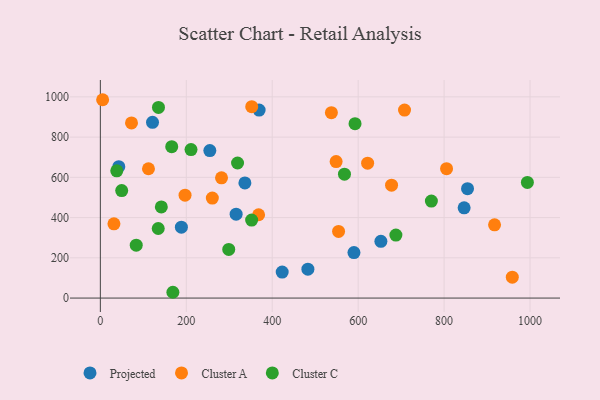
{"axis": {"x": "Engine Size", "y": "Yield"}, "legend": ["Cluster A", "Cluster C", "Projected"], "data": [{"x": "254.8", "y": 733.1, "type": "Projected"}, {"x": "188.6", "y": 352.1, "type": "Projected"}, {"x": "42.9", "y": 652.9, "type": "Projected"}, {"x": "590.2", "y": 226.3, "type": "Projected"}, {"x": "854.5", "y": 543.9, "type": "Projected"}, {"x": "483.0", "y": 143.5, "type": "Projected"}, {"x": "336.4", "y": 572.2, "type": "Projected"}, {"x": "316.0", "y": 417.0, "type": "Projected"}, {"x": "369.5", "y": 934.5, "type": "Projected"}, {"x": "121.4", "y": 873.5, "type": "Projected"}, {"x": "846.6", "y": 448.5, "type": "Projected"}, {"x": "652.9", "y": 282.2, "type": "Projected"}, {"x": "423.2", "y": 129.3, "type": "Projected"}, {"x": "260.6", "y": 497.0, "type": "Cluster A"}, {"x": "72.5", "y": 870.5, "type": "Cluster A"}, {"x": "917.4", "y": 364.2, "type": "Cluster A"}, {"x": "282.0", "y": 597.7, "type": "Cluster A"}, {"x": "548.7", "y": 678.1, "type": "Cluster A"}, {"x": "622.0", "y": 670.3, "type": "Cluster A"}, {"x": "31.6", "y": 368.9, "type": "Cluster A"}, {"x": "677.7", "y": 561.0, "type": "Cluster A"}, {"x": "352.3", "y": 951.3, "type": "Cluster A"}, {"x": "707.9", "y": 934.1, "type": "Cluster A"}, {"x": "537.7", "y": 921.4, "type": "Cluster A"}, {"x": "554.4", "y": 331.4, "type": "Cluster A"}, {"x": "197.1", "y": 511.3, "type": "Cluster A"}, {"x": "368.3", "y": 414.0, "type": "Cluster A"}, {"x": "5.3", "y": 985.7, "type": "Cluster A"}, {"x": "958.7", "y": 104.0, "type": "Cluster A"}, {"x": "112.0", "y": 642.7, "type": "Cluster A"}, {"x": "805.7", "y": 642.8, "type": "Cluster A"}, {"x": "993.8", "y": 574.8, "type": "Cluster C"}, {"x": "135.3", "y": 947.3, "type": "Cluster C"}, {"x": "319.3", "y": 671.2, "type": "Cluster C"}, {"x": "49.7", "y": 534.3, "type": "Cluster C"}, {"x": "568.1", "y": 615.7, "type": "Cluster C"}, {"x": "38.2", "y": 632.3, "type": "Cluster C"}, {"x": "134.7", "y": 345.7, "type": "Cluster C"}, {"x": "211.0", "y": 737.8, "type": "Cluster C"}, {"x": "352.1", "y": 387.5, "type": "Cluster C"}, {"x": "141.9", "y": 452.8, "type": "Cluster C"}, {"x": "83.5", "y": 262.8, "type": "Cluster C"}, {"x": "298.8", "y": 241.6, "type": "Cluster C"}, {"x": "168.8", "y": 28.8, "type": "Cluster C"}, {"x": "592.7", "y": 866.5, "type": "Cluster C"}, {"x": "770.4", "y": 481.9, "type": "Cluster C"}, {"x": "166.1", "y": 752.4, "type": "Cluster C"}, {"x": "687.8", "y": 313.1, "type": "Cluster C"}]}